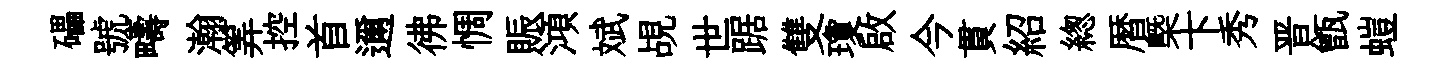
礧號疇瀚筭控首邇彿惆賑澒斌覘世踞雙瓊啟今貫紹緫暦㮣卞秀晋甑螘